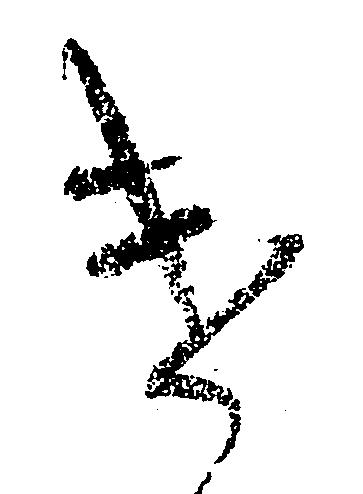
け